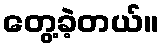
တွေ့ခဲ့တယ်။